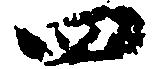
四